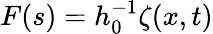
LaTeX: F(s)=h_{0}^{-1}\zeta(x,t)